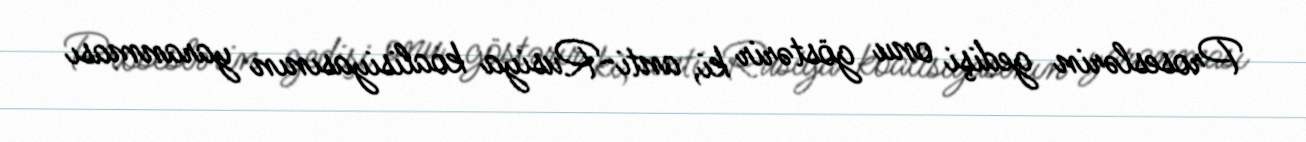
Proseslərin gedişi onu göstərir ki, anti-Rusiya koalisiyasının yaranması